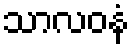
သာလဝနံ